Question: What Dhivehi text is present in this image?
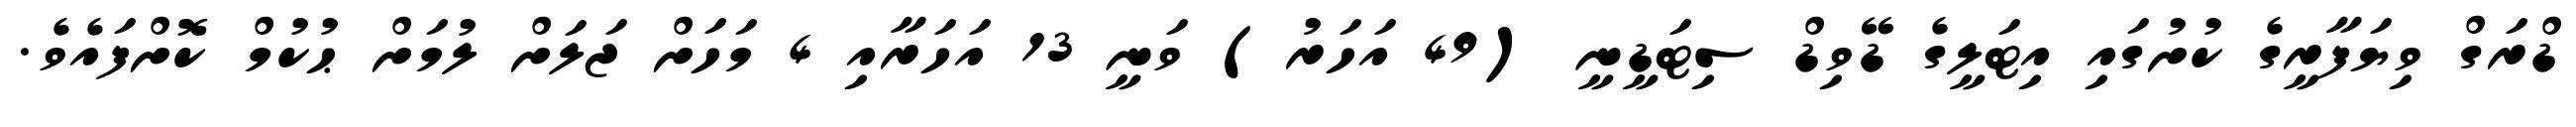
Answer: ޑްރަގް ވިޔަފާރީގެ ކުށުގައި އިޓަލީގެ ޑޭވިޑް ސިޓަޑީނީ (49 އަހަރު) ވަނީ 13 އަހަރާއި 4 މަހަށް ޖަލަށް ލުމަށް ޙުކުމް ކޮށްފައެވެ.